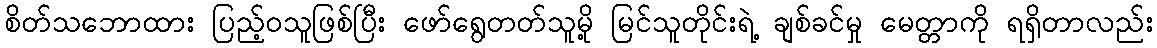
စိတ်သဘောထား ပြည့်ဝသူဖြစ်ပြီး ဖော်ရွေတတ်သူမို့ မြင်သူတိုင်းရဲ့ ချစ်ခင်မှု မေတ္တာကို ရရှိတာလည်း